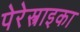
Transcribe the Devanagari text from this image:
पेरेस्त्राइका